Report of the Municipal Commissioner on the plague in Bombay for the year ending 31st May... - Volume 2
Disease focus: Plague
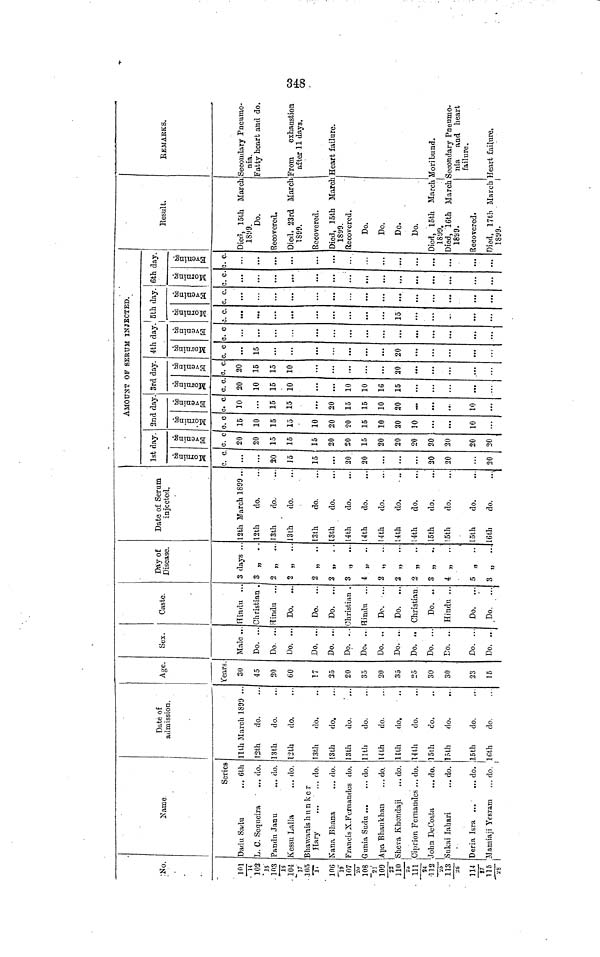
No.
101
14
102
15
103
16
104
17
105
18
106
19
107
20
108
21
109
22
110
23
111
24
112
25
113
26
114
27
115
28
Name
Series
Dadu Sadu
... 6th
L. C. Sequeira
... do.
Pandu Janu
... do.
Kessu Lalla
... do.
Bhawanis hunker
Hary
do.
Sana Bhana
... do.
Francis X.Fernandes do.
Gunia Sudu
do.
Apa Bhaukhan
... do.
Sheva Khondaji
,..do.
Ciprion Fernandas ... do.
John DeCosta
... do.
Sukai Iahari
... do.
Deria Isra
do
Mamiaji Yesram
,,. do.
Date of
admission.
11th March 1891) ..
12th
do.
13th
do.
12th
do.
13th
do.
13th
do.
13th
do.
11th
do.
14th
do.
11th
do.
14th
do.
15lh
do.
15th
do.
15th
do.
16th
do.
Age.
Years.
30
45
20
60
17
25
20
35
20
35
25
30
30
23
15
Sex.
Male ..
Do. ...
Do. ...
Do. ...
Do. ...
Do. ...
Do. ...
Do. ...
Do. ..
Do. ...
Do. ..
Do. ...
Do. ..
Do. ...
Do. ..
Caste.
Hindu ..
Christian .
Hindu ...
Do.
...
Do. ...
Do. ...
Christian .
Hindu ...
Do. ...
Do. ...
Christian.
Do. ..
Hindu ...
Do.
...
Do.
...
Day of
Disease.
3 days ..
3
2 „
..
2 „
...
2 „
..
2 ,.
..
3
4 „ ..
2 „
..
2 „ ...
2
3 „
..
4 „
...
5 „ ..
3
Date of Serum
injected.
12th March 1899 ...
12th
do.
13th
do.
13th
do.
13th
do.
13th
do.
14th
do.
14th
do.
14th
do.
14th
do.
14th
do.
15th do.
!5th
do.
15th
do.
16th
do.
1st day.
Morning
c. c
...
...
20
15
15
...
20
20
...
...
...
20
20
20
Evening
c. c
20
20
15
15
15
20
20
15
20
20
20
20
20
20
20
AMOUNT OF SERUM INJECTED.
2nd day
Morning
c.c.
15
10
15
15
10
20
20
15
10
20
10
10
Evening
c c
10
...
15
15
15
20
15
15
10
20
...
10
3rd day.
Morning
c. c.
20
10
15
10
10
10
16
15
Evening
c. c
20
15
15
10
20
4th day
Morning
c. c
15
20
Evening
c. c.
...
5th day.
Morning
c. c.
15
Evening
c. c
...
6th day.
Morning
c. c
...
Evening
c. c
...
Result.
Died, 15th March
1899.
Do.
Recovered.
Died, 23rd March
1899.
Recovered.
Died, loth March
1899.
Recovered.
Do.
Do.
Do.
Do.
Died, 15th March
1899.
Died, 16th March
1899.
Recovered.
Died, 17th March
1899.
REMARKS.
Secondary Pneumo-
nia.
Fatty heart and do.
From
exhaustion
after 11 days.
Heart failure.
Moribund.
Secondary Pneumo-
nia
and heart
failure.
Heart failure.
348